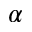
\alpha